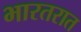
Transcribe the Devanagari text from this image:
भारतरात